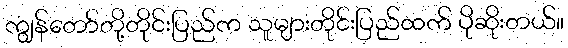
ကျွန်တော်တို့တိုင်းပြည်က သူများတိုင်းပြည်ထက် ပိုဆိုးတယ်။